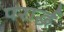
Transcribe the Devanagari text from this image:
परार्द्ध